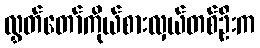
လွှတ်တော်ကိုယ်စားလှယ်တစ်ဦးက